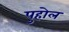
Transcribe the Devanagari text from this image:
पुहोल